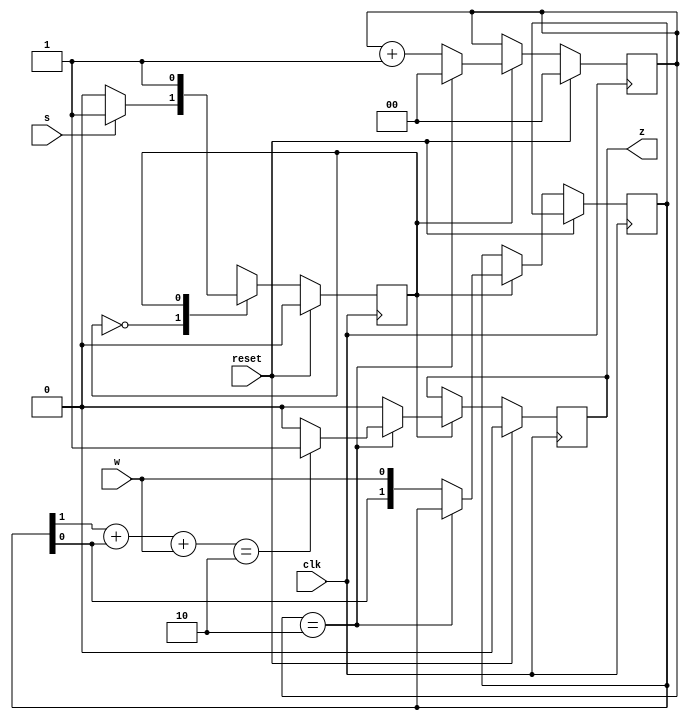
module top_module (
    input clk,
    input reset,   // Synchronous reset
    input s,
    input w,
    output z
);
    parameter A=1'b0,
              B=1'b1;
    reg state,next_state;
    always @(*) begin
        case(state)
            A: next_state = s ? B : A;
            B : next_state = B;
            default: next_state = A;
        endcase
    end

    always @(posedge clk)begin
        if (reset) state <= A;
        else state <= next_state;
    end

    reg [1:0] temp;
    reg [1:0] cnt=2'b0;
    reg flag;
    always @(posedge clk)begin
        if (reset) begin
            flag <= 1'b0;
            cnt <= 3'b0;
        end
        else if (state==B) begin
            //flag <= 1'b1;
            if (cnt==3'd2)begin
                cnt <= 3'b0;
                if (temp[1]+temp[0]+w == 2'd2) begin
                //if(~(^temp ^ w))begin
                    flag <= 1'b1;
                    //temp <= 2'b0;
                end
                else flag <= 1'b0;
            end
            else begin
                temp <= {temp[0],w};
                cnt <= cnt + 1'b1;
                flag <= 1'b0;
            end
        end
    end

    assign z = flag;

endmodule